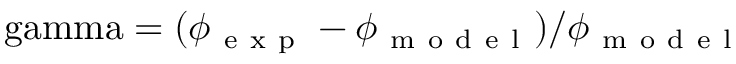
\mathrm { \ g a m m a } = ( \phi _ { \mathrm { ~ e ~ x ~ p ~ } } - \phi _ { \mathrm { ~ m ~ o ~ d ~ e ~ l ~ } } ) / \phi _ { \mathrm { ~ m ~ o ~ d ~ e ~ l ~ } }